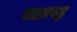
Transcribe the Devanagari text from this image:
ताभ्रपट्ट